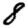
Digit: 8